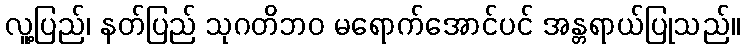
လူ့ပြည်၊ နတ်ပြည် သုဂတိဘဝ မရောက်အောင်ပင် အန္တရာယ်ပြုသည်။